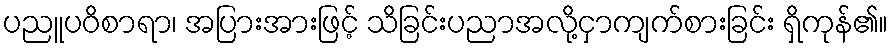
ပညူပဝိစာရာ၊ အပြားအားဖြင့် သိခြင်းပညာအလို့ငှာကျက်စားခြင်း ရှိကုန်၏။